NAE_EAA_P-553_Koit_kolhoos, lk 6
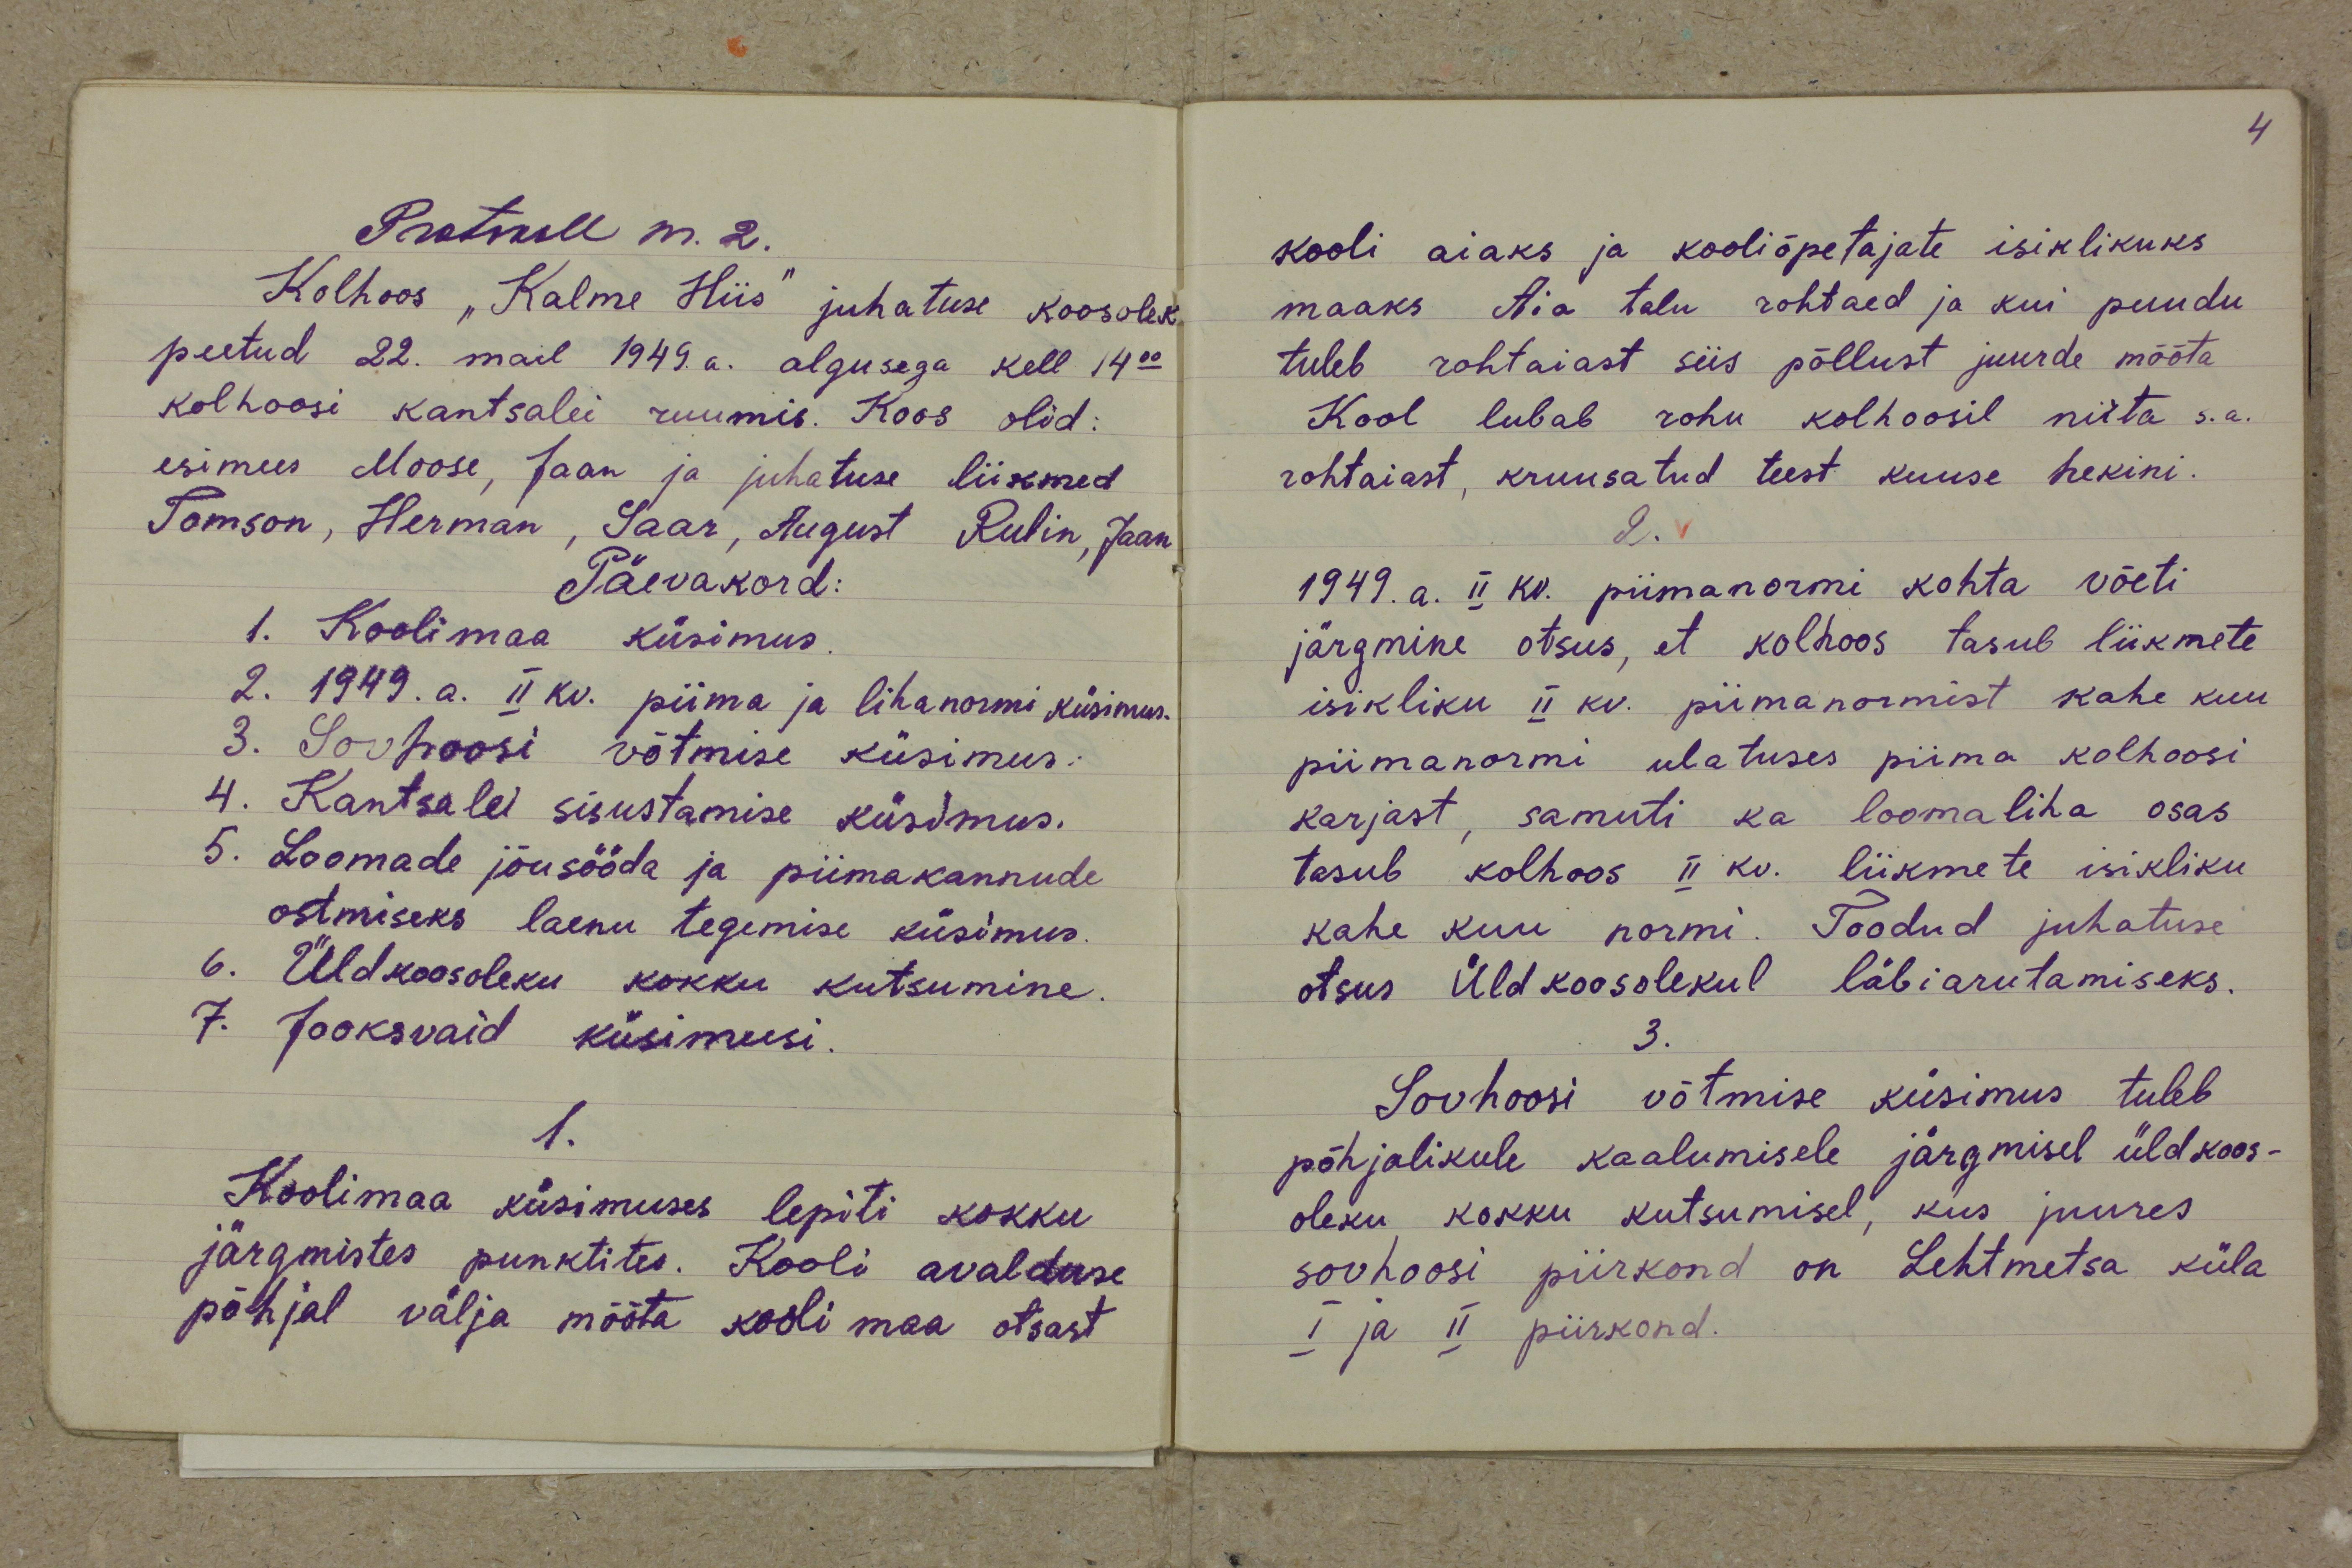
Protokoll nr. 2.
Kolhoos "Kalme Hiis" juhatuse koosolek
peetud 22. mail 1949 a. algusega kell 14.00
kolhoosi kantselei ruumis. Koos olid:
esimees Moose, Jaan ja juhatuse liikmed
Tomson, Herman, Saar, August Rubin, Jaan
Päevakord:
1. Koolimaa küsimus
2. 1949. a. II kv. piima ja lihanormi küsimus.
3. Sovhoosi võtmise küsimus.
4. Kantselei sisustamise küsimus.
5. Loomade jõusööda ja piimakannude
ostmiseks laenu tegemise küsimus.
6. Üldkoosoleku kokku kutsumine.
7. Jooksvaid küsimusi.
1.
Koolimaa küsimuses lepiti kokku
järgmistes punktites. Kooli avalduse
põhjal välja mõõta kooli maa otsast

kooli aiaks ja kooliõpetajate isiklikuks
maaks Aia talu rohtaed ja kui puudu
tuleb rohtaiast siis põllust juurde mõõta
Kool lubab rohu kolhoosil niita s.a.
rohtaiast, kruusatud teest kuuse hekini.
2.
1949. a. II kv. piimanormi kohta võeti
järgmine otsus, et kolhoos tasub liikmete
isikliku II kv. piimanormist kahe kuu
piimanormi ulatuses piima kolhoosi
karjast, samuti ka loomaliha osas
tasub kolhoos II kv. liikmete isikliku
kahe kuu normi. Toodud juhatuse
otsus Üldkoosolekul läbiarutamiseks.
3.
Sovhoosi võtmise küsimus tuleb
põhjalikule kaalumisele järgmisel üldkoos-
oleku kokku kutsumisel, kus juures
sovhoosi piirkond on Lehtmetsa küla
I ja II piirkond.